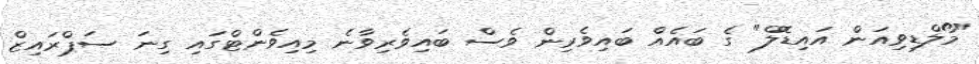
"މޯލްޑިވިއަން އައިޑޮލް" ގެ ބައެއް ބައިވެރިން ވެސް ބައިވެރިވާނެ މިއިވެންޓްގައި ގިނަ ސަޕްރައިޒް